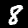
Label: 8